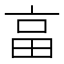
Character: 畗